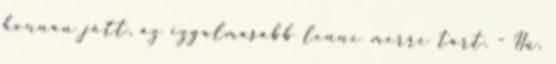
honnan jött, az izgalmasabb lenne merre tart. - Hü,